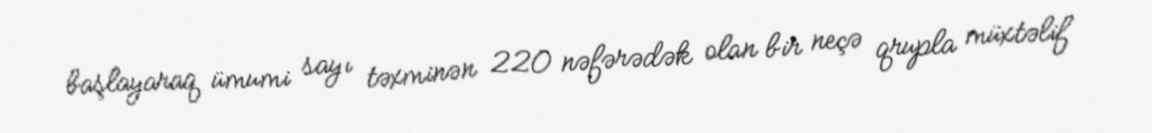
başlayaraq ümumi sayı təxminən 220 nəfərədək olan bir neçə qrupla müxtəlif